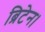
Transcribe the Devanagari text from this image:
ब्रिटेन।